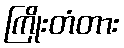
ကြိုးတံတား